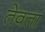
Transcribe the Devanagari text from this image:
तेवता